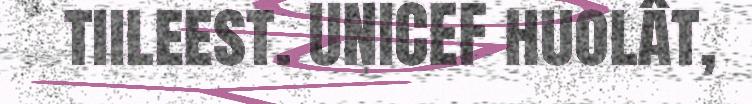
tiileest. UNICEF huolât,